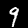
Digit: 9